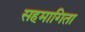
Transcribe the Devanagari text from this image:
सहमागिता